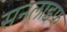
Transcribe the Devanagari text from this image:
सनलाइफ